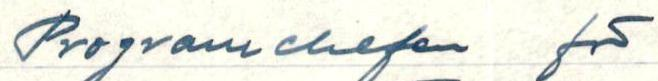
Programchefen för